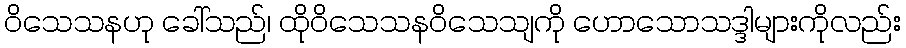
ဝိသေသနဟု ခေါ်သည်၊ ထိုဝိသေသနဝိသေသျကို ဟောသောသဒ္ဒါများကိုလည်း